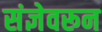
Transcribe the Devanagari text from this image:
संज्ञेवरून